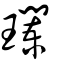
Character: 瓓